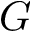
G